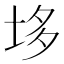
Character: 垑